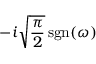
- i { \sqrt { \frac { \pi } { 2 } } } \operatorname { s g n } ( \omega )